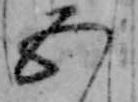
五